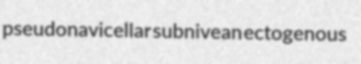
pseudonavicellar subnivean ectogenous